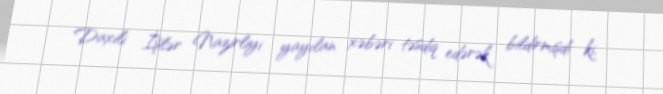
Daxili İşlər Nazirliyi yayılan xəbəri təsdiq edərək bildirmişdi ki,